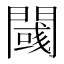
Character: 𲈯